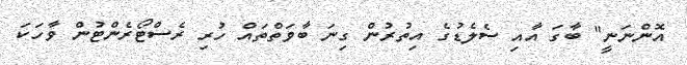
އޮންނަނީ" ބާގަ އާއި ސެލެޑުގެ އިތުރުން ގިނަ ބާވަތްތައް ހުރި ރެސްޓޯރެންޓުން ވާހަކަ